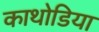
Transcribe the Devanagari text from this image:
काथोडिया